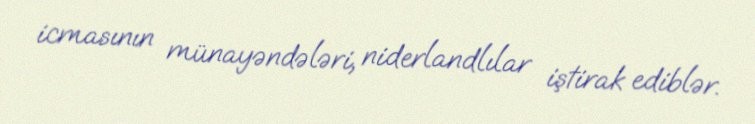
icmasının münayəndələri, niderlandlılar iştirak ediblər.